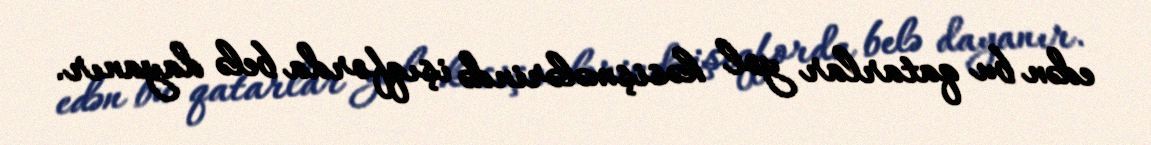
edən bu qatarlar yol kəsişmələrində işıqforda belə dayanır.